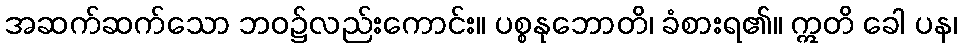
အဆက်ဆက်သော ဘဝ၌လည်းကောင်း။ ပစ္စနုဘောတိ၊ ခံစားရ၏။ ဣတိ ခေါ ပန၊